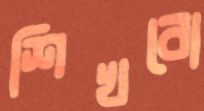
শিখবো